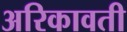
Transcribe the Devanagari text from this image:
अरिकावती